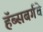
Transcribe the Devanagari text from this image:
हॅब्सबर्गचे